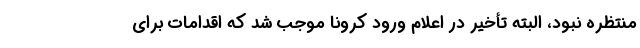
منتظره نبود، البته تأخیر در اعلام ورود کرونا موجب شد که اقدامات برای